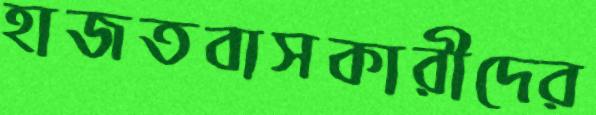
হাজতবাসকারীদের